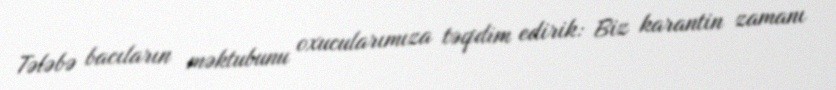
Tələbə bacıların məktubunu oxucularımıza təqdim edirik: Biz karantin zamanı